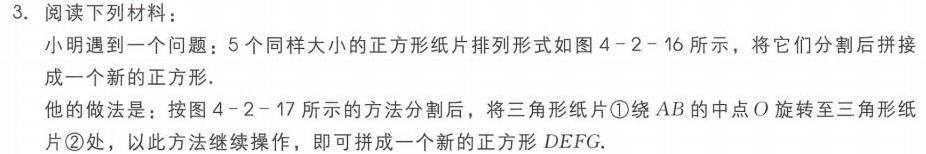
3. 阅读下列材料：
小明遇到一个问题：5个同样大小的正方形纸片排列形式如图4 - 2 - 16所示，将它们分割后拼接成一个新的正方形．
他的做法是：按图4 - 2 - 17所示的方法分割后，将三角形纸片\textcircled{1}绕\(AB\)的中点\(O\)旋转至三角形纸片\textcircled{2}，以此方法继续操作，即可拼成一个新的正方形\(DEFG\)．